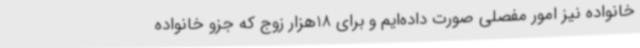
خانواده نیز امور مفصلی صورت داده‌ایم و برای 18هزار زوج که جزو خانواده‌